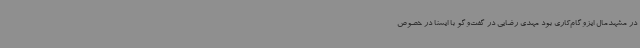
در مشهدمال ایزوگام‌کاری بود مهدی رضایی در گفت‌وگو با ایسنا در خصوص